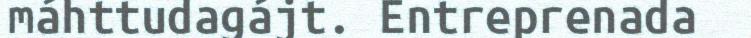
máhttudagájt. Entreprenada